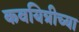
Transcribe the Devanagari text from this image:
कवयित्रीच्या